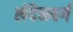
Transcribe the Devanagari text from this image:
लेंदेनबर्ग